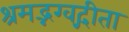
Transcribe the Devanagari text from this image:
श्रमद्भग्वद्गीता